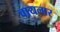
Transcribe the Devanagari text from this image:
वायलार